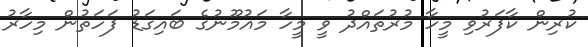
ކުރިން ކާފަރުވި މީހާ މުރުތައްދު ވީ މީހާ މައުމޫނުގެ ބައިގަޑު ފަހަތުން މިހާރު